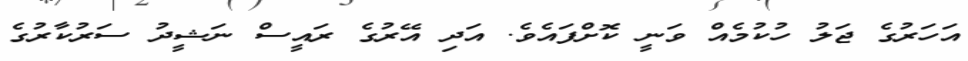
އަހަރުގެ ޖަލު ހުކުމެއް ވަނީ ކޮށްފައެވެ. އަދި އޭރުގެ ރައީސް ނަޝީދު ސަރުކާރުގެ